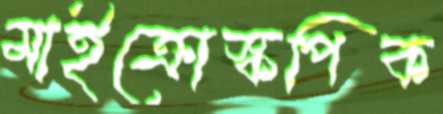
মাইক্রোস্কপিক